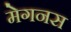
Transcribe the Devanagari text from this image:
मेगनस